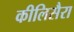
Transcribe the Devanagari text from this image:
कीलिसैरा